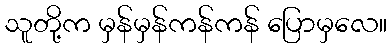
သူတို့က မှန်မှန်ကန်ကန် ပြောမှလေ။